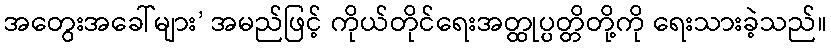
အတွေးအခေါ်များ’ အမည်ဖြင့် ကိုယ်တိုင်ရေးအတ္ထုပ္ပတ္တိတို့ကို ရေးသားခဲ့သည်။